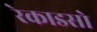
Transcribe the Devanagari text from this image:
रेकाडसो